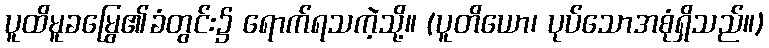
ပူထိမူခမြွေ၏ခံတွင်း၌ ရောက်ရသကဲ့သို့။ (ပူတိယော၊ ပုပ်သောအစုံရှိသည်။)